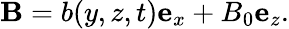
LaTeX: \mathbf{B}=b(y,z,t)\mathbf{e}_{x}+B_{0}\mathbf{e}_{z}.